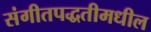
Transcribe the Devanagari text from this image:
संगीतपद्धतीमधील